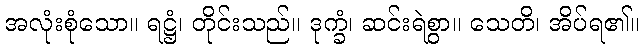
အလုံးစုံသော။ ရဋ္ဌံ၊ တိုင်းသည်။ ဒုက္ခံ၊ ဆင်းရဲစွာ။ သေတိ၊ အိပ်ရ၏။